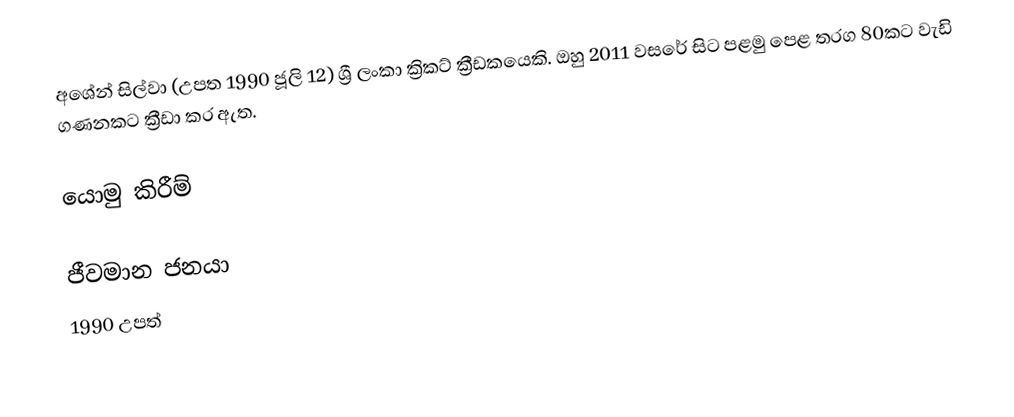
අශේන් සිල්වා (උපත 1990 ජූලි 12) ශ්‍රී ලංකා ක්‍රිකට් ක්‍රීඩකයෙකි. ඔහු 2011 වසරේ සිට පළමු පෙළ තරග 80කට වැඩි ගණනකට ක්‍රීඩා කර ඇත.

යොමු කිරීම්

ජීවමාන ජනයා
1990 උපත්